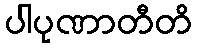
ပါပုဏာတီတိ